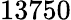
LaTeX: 13750